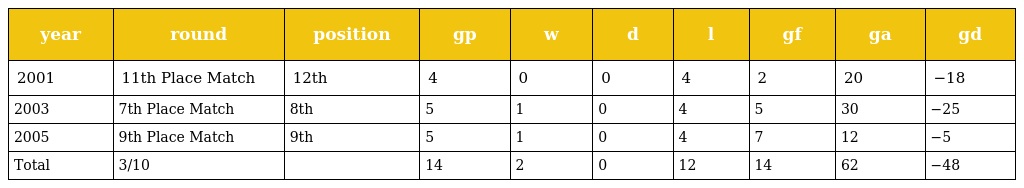
| year | round | position | gp | w | d | l | gf | ga | gd |
 | --- | --- | --- | --- | --- | --- | --- | --- | --- | --- |
 | 2001 | 11th Place Match | 12th | 4 | 0 | 0 | 4 | 2 | 20 | −18 |
 | 2003 | 7th Place Match | 8th | 5 | 1 | 0 | 4 | 5 | 30 | −25 |
 | 2005 | 9th Place Match | 9th | 5 | 1 | 0 | 4 | 7 | 12 | −5 |
 | Total | 3/10 |  | 14 | 2 | 0 | 12 | 14 | 62 | −48 |